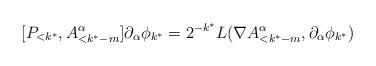
LaTeX: \begin{align*}[ P_{<k^*}, A^\alpha_{<k^*-m}] \partial_\alpha \phi_{k^*} = 2^{-k^*} L(\nabla A^\alpha_{<k^*-m}, \partial_\alpha \phi_{k^*} )\end{align*}